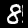
Digit: 8